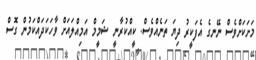
މަށަކަށްވެެސް ނޭނގެ އެފަކީރު ދިޔަ ތަނެއްވެސް. ކީއްކުރާނީ ޝަމީމް އަމިއްލައަށް ވާހަކަދައްކަމުން ގޮސް